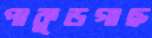
পাকুড়গাছ